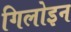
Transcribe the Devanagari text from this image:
गिलोइन